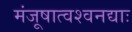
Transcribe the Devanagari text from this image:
मंजूषात्वश्वनद्याः